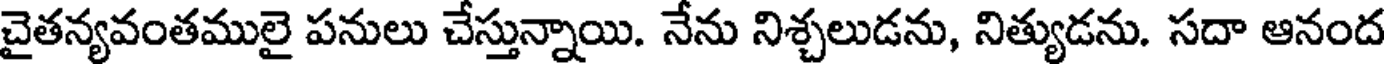
చైతన్యవంతములై పనులు చేస్తున్నాయి. నేను నిశ్చలుడను, నిత్యుడను. సదా ఆనంద